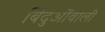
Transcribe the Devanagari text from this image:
बिंदुओंवाली